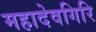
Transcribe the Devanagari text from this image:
महादेवगिरि